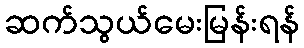
ဆက်သွယ်မေးမြန်းရန်